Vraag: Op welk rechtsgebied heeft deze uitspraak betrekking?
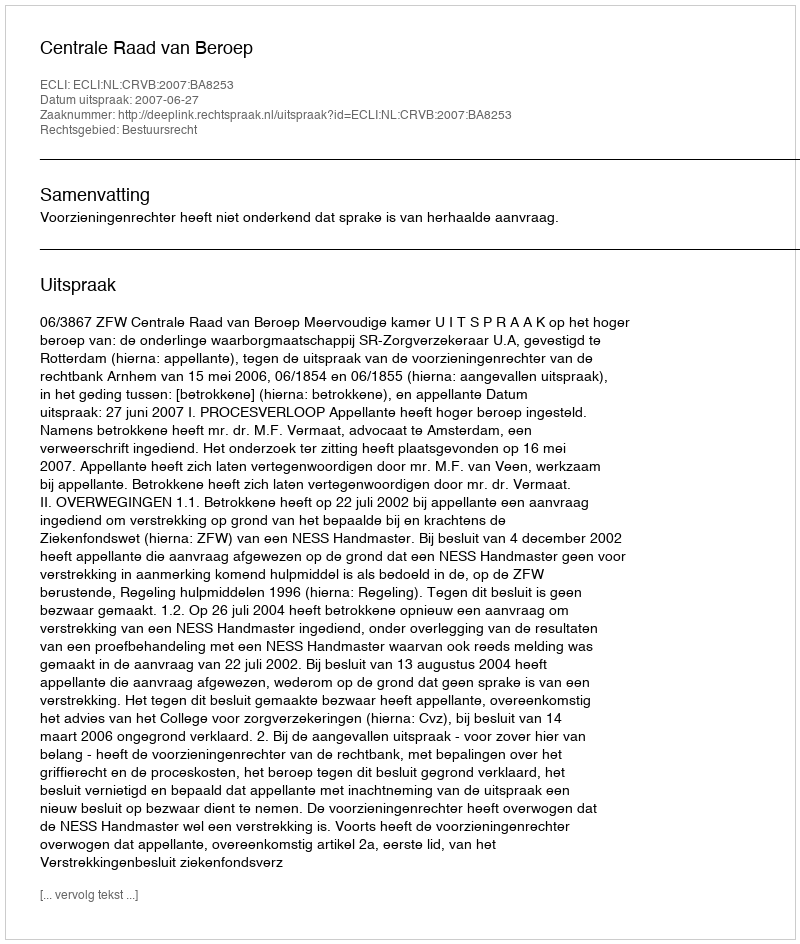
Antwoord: Bestuursrecht